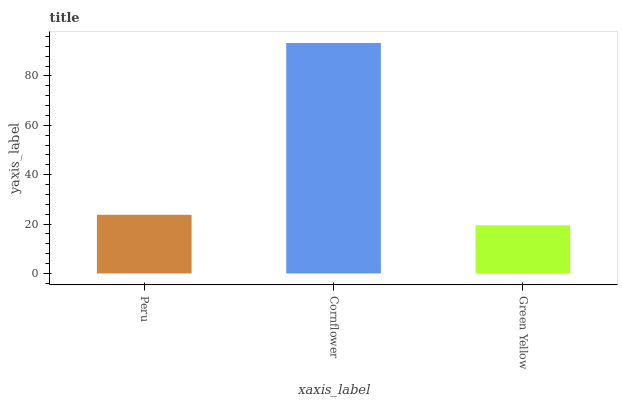
| xaxis_label | bars |
 | --- | --- |
 | Peru | 23.8 |
 | Cornflower | 93.3 |
 | Green Yellow | 19.5 |